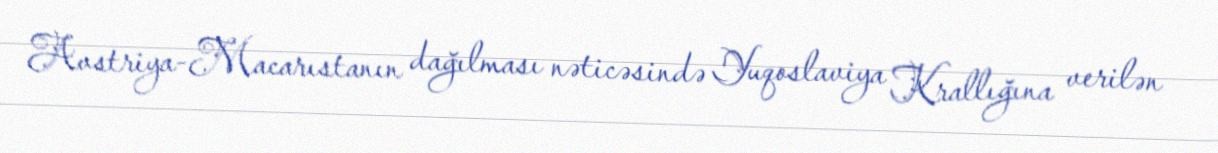
Avstriya-Macarıstanın dağılması nəticəsində Yuqoslaviya Krallığına verilən